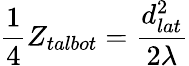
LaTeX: \frac{1}{4}Z_{talbot}=\frac{d_{lat}^{2}}{2\lambda}